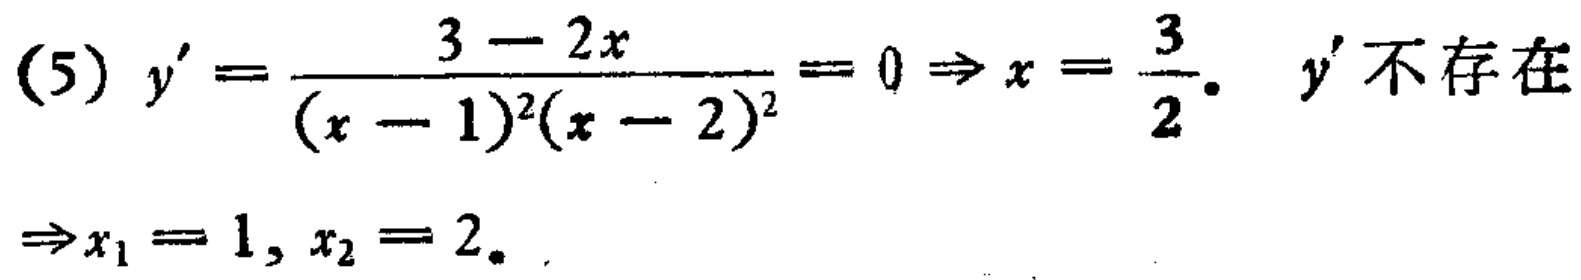
(5) \(y'=\frac{3 - 2x}{(x - 1)^2(x - 2)^2}=0\Rightarrow x=\frac{3}{2}\). \(y'\)不存在
\(\Rightarrow x_1 = 1, x_2 = 2\).